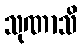
သုဏာသိ